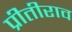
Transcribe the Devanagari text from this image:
प्रीतीराव